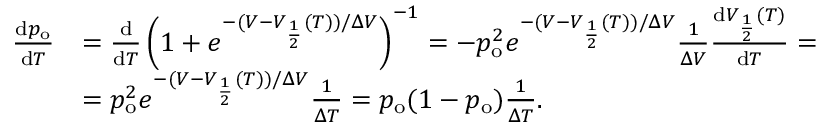
\begin{array} { r l } { \frac { \mathrm { d } p _ { \mathrm { o } } } { \mathrm { d } T } } & { = \frac { \mathrm { d } } { \mathrm { d } T } \left( 1 + e ^ { - ( V - V _ { \frac { 1 } { 2 } } ( T ) ) / \Delta V } \right) ^ { - 1 } = - p _ { \mathrm { o } } ^ { 2 } e ^ { - ( V - V _ { \frac { 1 } { 2 } } ( T ) ) / \Delta V } \frac { 1 } { \Delta V } \frac { \mathrm { d } V _ { \frac { 1 } { 2 } } ( T ) } { \mathrm { d } T } = } \\ & { = p _ { \mathrm { o } } ^ { 2 } e ^ { - ( V - V _ { \frac { 1 } { 2 } } ( T ) ) / \Delta V } \frac { 1 } { \Delta T } = p _ { \mathrm { o } } ( 1 - p _ { \mathrm { o } } ) \frac { 1 } { \Delta T } . } \end{array}